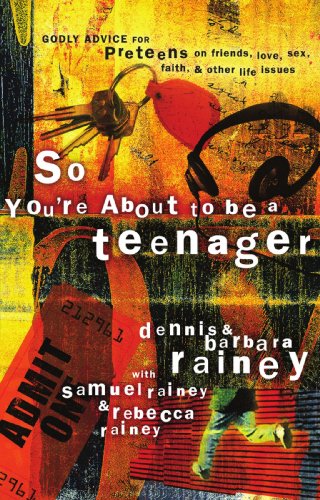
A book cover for So You're About to Be a Teenager: Godly Advice for Preteens on Friends, Love, Sex, Faith and Other Life Issues; Dennis Rainey; Parenting & Relationships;